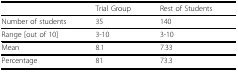
<table><thead><tr><td></td><td><b>Trial Group</b></td><td><b>Rest of Students</b></td></tr></thead><tbody><tr><td>Number of students</td><td>35</td><td>140</td></tr><tr><td>Range [out of 10]</td><td>3-10</td><td>3-10</td></tr><tr><td>Mean</td><td>8.1</td><td>7.33</td></tr><tr><td>Percentage</td><td>81</td><td>73.3</td></tr></tbody></table>